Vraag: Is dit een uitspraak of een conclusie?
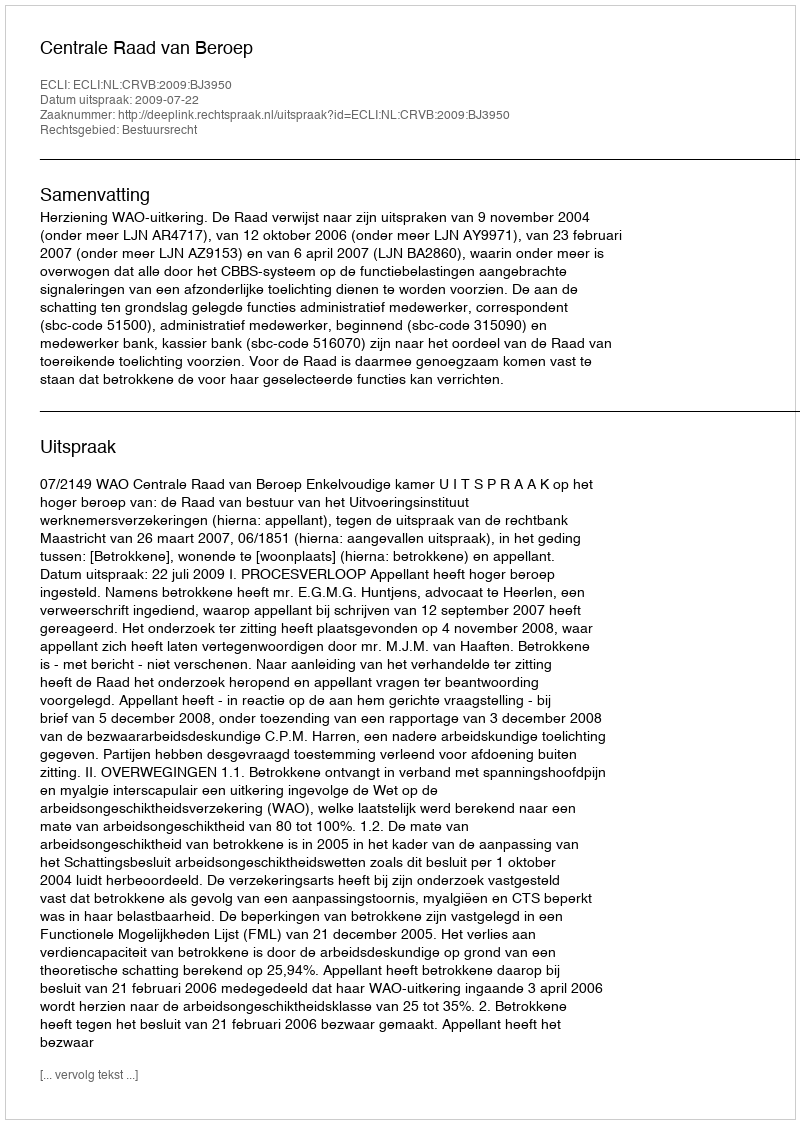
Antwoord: Uitspraak